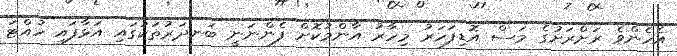
އެހެންވެ ރަށްރަށުގެ މަސް އޮޑިފަހަރު މިހާރު އާންމުކޮށް ފެންނަނީ ބަނދަރުތަކުގައި އަޅާފައި ހުއްޓަ